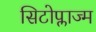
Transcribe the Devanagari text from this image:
सिटोप्लाज्म